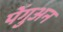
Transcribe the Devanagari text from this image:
पेंगुअन